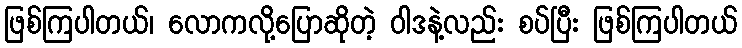
ဖြစ်ကြပါတယ်၊ လောကလို့ပြောဆိုတဲ့ ဝါဒနဲ့လည်း စပ်ပြီး ဖြစ်ကြပါတယ်